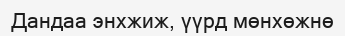
Дандаа энхжиж, үүрд мөнхөжнө